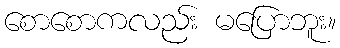
စောစောကလည်း မပြောဘူး။